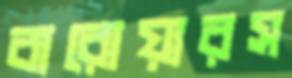
বারোয়ারস